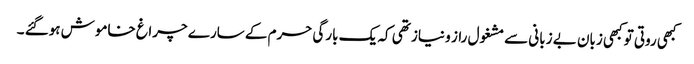
کبھی روتی تو کبھی زبان بے زبانی سے مشغول راز و نیاز تھی کہ یک بارگی حرم کے سارے چراغ خاموش ہوگئے ۔